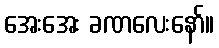
အေးအေး ခဏလေးနော်။